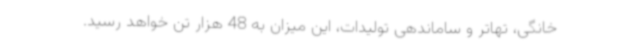
خانگی، تهاتر و ساماندهی تولیدات، این میزان به 48 هزار تن خواهد رسید.